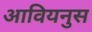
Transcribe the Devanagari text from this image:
आवियनुस